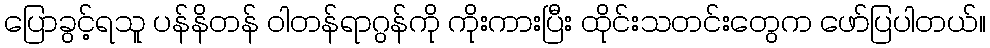
ပြောခွင့်ရသူ ပန်နိတန် ဝါတန်ရာဂွန်ကို ကိုးကားပြီး ထိုင်းသတင်းတွေက ဖော်ပြပါတယ်။